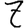
Digit: 7